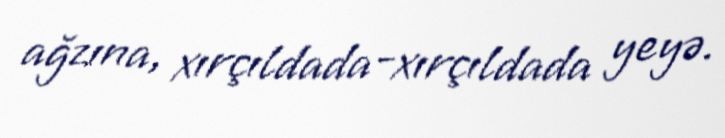
ağzına, xırçıldada-xırçıldada yeyə.